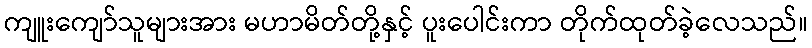
ကျူးကျော်သူများအား မဟာမိတ်တို့နှင့် ပူးပေါင်းကာ တိုက်ထုတ်ခဲ့လေသည်။